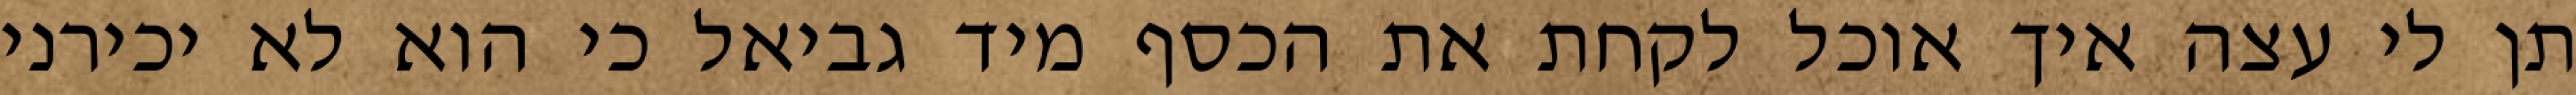
תן לי עצה איך אוכל לקחת את הכסף מיד גביאל כי הוא לא יכירני